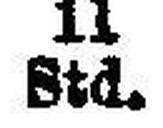
Std.